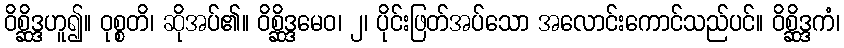
ဝိစ္ဆိဒ္ဒဟူ၍။ ဝုစ္စတိ၊ ဆိုအပ်၏။ ဝိစ္ဆိဒ္ဒမေဝ၊ ၂၊ ပိုင်းဖြတ်အပ်သော အလောင်းကောင်သည်ပင်။ ဝိစ္ဆိဒ္ဒကံ၊